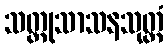
သတ္ထုသာသနသုတ္တံ